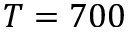
T = 7 0 0